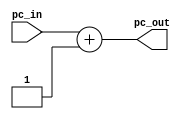
`timescale 1ns / 1ps

module incrementer ( input wire [31:0] pc_in, output wire [31:0] pc_out );
    assign pc_out = pc_in + 1;  // Increment PC by 1
endmodule